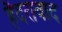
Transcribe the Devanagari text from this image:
हैदराबाद